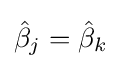
{\hat {\beta }}_{j}={\hat {\beta }}_{k}